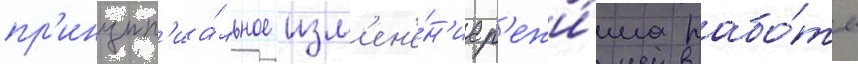
пр'инцип'иа́льное изм'ен'е́н'ие р'ежи́ма рабо́ты